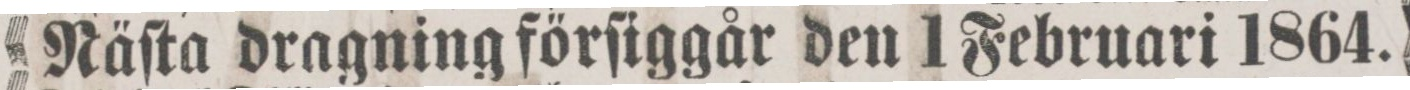
Näſta dragning förſiggår den 1 Februari 1864.